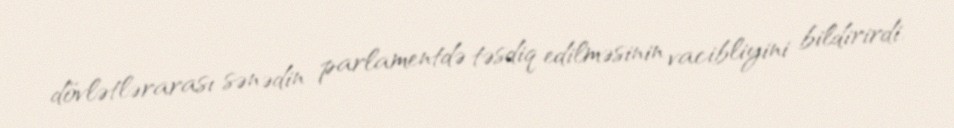
dövlətlərarası sənədin parlamentdə təsdiq edilməsinin vacibliyini bildirirdi.